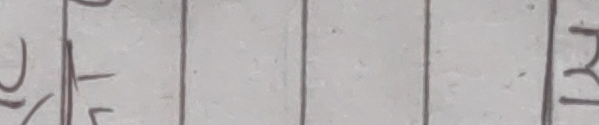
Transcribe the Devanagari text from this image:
र